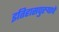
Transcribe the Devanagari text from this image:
इतिहासपुरुषाचे